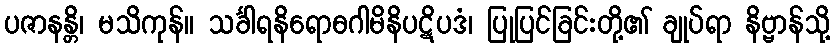
ပဇာနန္တိ၊ မသိကုန်။ သင်္ခါရနိရောဓဂါမိနိပဋိပဒံ၊ ပြုပြင်ခြင်းတို့၏ ချုပ်ရာ နိဗ္ဗာန်သို့